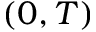
( 0 , T )